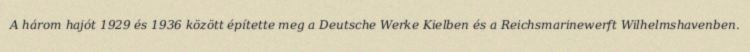
A három hajót 1929 és 1936 között építette meg a Deutsche Werke Kielben és a Reichsmarinewerft Wilhelmshavenben.